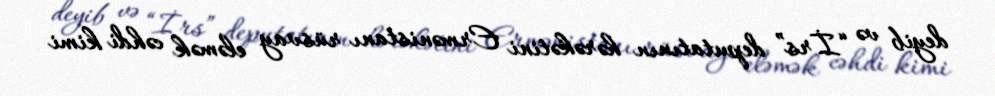
deyib və “İrs” deputatının hərəkətini Ermənistanı rüsvay eləmək cəhdi kimi